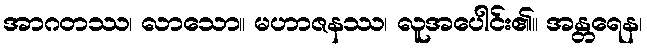
အာဂတဿ၊ လာသော။ မဟာဇနဿ၊ လူအပေါင်း၏။ အန္တရေန၊